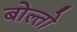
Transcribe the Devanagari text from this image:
बोल्तो